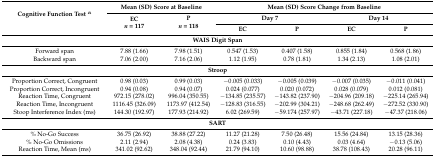
<table><thead><tr><td rowspan="3"><b>Cognitive Function Test <sup>α</sup></b></td><td colspan="2"><b>Mean (SD) Score at Baseline</b></td><td colspan="4"><b>Mean (SD) Score Change from Baseline</b></td></tr><tr><td rowspan="2"><b>EC<i>n</i> = 117</b></td><td rowspan="2"><b>P<i>n</i> = 118</b></td><td colspan="2"><b>Day 7</b></td><td colspan="2"><b>Day 14</b></td></tr><tr><td><b>EC</b></td><td><b>P</b></td><td><b>EC</b></td><td><b>P</b></td></tr></thead><tbody><tr><td colspan="7"><b>WAIS Digit Span</b></td></tr><tr><td>Forward span</td><td>7.88 (1.66)</td><td>7.98 (1.51)</td><td>0.547 (1.53)</td><td>0.407 (1.58)</td><td>0.855 (1.84)</td><td>0.568 (1.86)</td></tr><tr><td>Backward span</td><td>7.06 (2.00)</td><td>7.16 (2.06)</td><td>1.12 (1.95)</td><td>0.78 (1.81)</td><td>1.34 (2.13)</td><td>1.08 (2.01)</td></tr><tr><td colspan="7"><b>Stroop</b></td></tr><tr><td>Proportion Correct, Congruent</td><td>0.98 (0.03)</td><td>0.99 (0.03)</td><td>−0.005 (0.033)</td><td>−0.005 (0.039)</td><td>−0.007 (0.035)</td><td>−0.011 (0.041)</td></tr><tr><td>Proportion Correct, Incongruent</td><td>0.94 (0.08)</td><td>0.94 (0.07)</td><td>0.024 (0.077)</td><td>0.020 (0.072)</td><td>0.028 (0.079)</td><td>0.012 (0.081)</td></tr><tr><td>Reaction Time, Congruent</td><td>972.15 (278.02)</td><td>996.04 (350.55)</td><td>−134.85 (235.57)</td><td>−143.82 (237.90)</td><td>−204.96 (209.18)</td><td>−225.14 (265.94)</td></tr><tr><td>Reaction Time, Incongruent</td><td>1116.45 (326.09)</td><td>1173.97 (412.54)</td><td>−128.83 (316.55)</td><td>−202.99 (304.21)</td><td>−248.68 (262.49)</td><td>−272.52 (330.90)</td></tr><tr><td>Stoop Interference Index (ms)</td><td>144.30 (192.97)</td><td>177.93 (214.92)</td><td>6.02 (269.59)</td><td>−59.174 (257.97)</td><td>−43.71 (227.18)</td><td>−47.37 (218.06)</td></tr><tr><td colspan="7"><b>SART</b></td></tr><tr><td>% No-Go Success</td><td>36.75 (26.92)</td><td>38.88 (27.22)</td><td>11.27 (21.28)</td><td>7.50 (26.48)</td><td>15.56 (24.84)</td><td>13.15 (28.36)</td></tr><tr><td>% No-Go Omissions</td><td>2.11 (2.94)</td><td>2.08 (4.38)</td><td>0.24 (3.83)</td><td>0.10 (4.43)</td><td>0.03 (4.64)</td><td>−0.13 (5.06)</td></tr><tr><td>Reaction Time, Mean (ms)</td><td>341.02 (92.62)</td><td>348.04 (92.44)</td><td>21.79 (94.10)</td><td>10.60 (98.88)</td><td>38.78 (108.43)</td><td>20.28 (96.11)</td></tr></tbody></table>